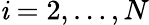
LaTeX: \mathit{i}=2,\ldots,N